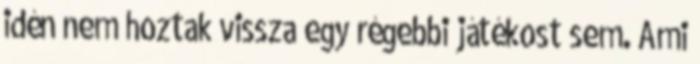
idén nem hoztak vissza egy régebbi játékost sem. Ami